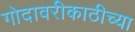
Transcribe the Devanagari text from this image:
गोदावरीकाठीच्या